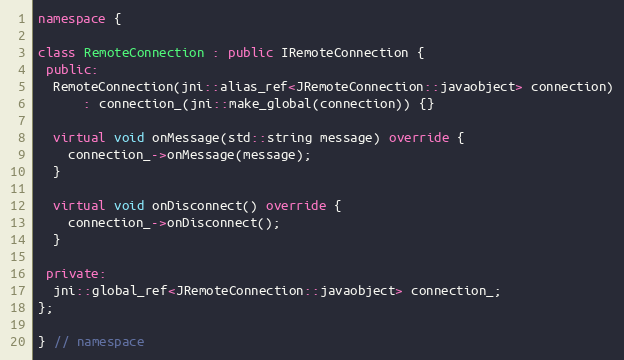
Language: C++
namespace {

class RemoteConnection : public IRemoteConnection {
 public:
  RemoteConnection(jni::alias_ref<JRemoteConnection::javaobject> connection)
      : connection_(jni::make_global(connection)) {}

  virtual void onMessage(std::string message) override {
    connection_->onMessage(message);
  }

  virtual void onDisconnect() override {
    connection_->onDisconnect();
  }

 private:
  jni::global_ref<JRemoteConnection::javaobject> connection_;
};

} // namespace